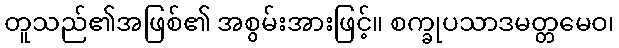
တူသည်၏အဖြစ်၏ အစွမ်းအားဖြင့်။ စက္ခုပသာဒမတ္တမေဝ၊